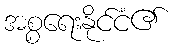
အစ္စရေးနိုင်ငံ၏